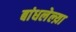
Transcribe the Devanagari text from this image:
बांधलेल्य़ा